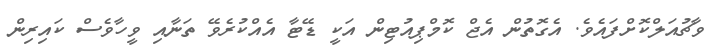
ވާޗުއަލްކޮށްފައެވެ. އެގޮތުން އެޖް ކޮމްޕިއުޓިން އަކީ ޑޭޓާ އެއްކުރެވޭ ތަނާއި ވީހާވެސް ކައިރިން